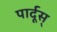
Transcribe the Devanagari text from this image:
पार्दूस्